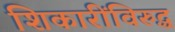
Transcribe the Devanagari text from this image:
शिकारींविरुद्ध